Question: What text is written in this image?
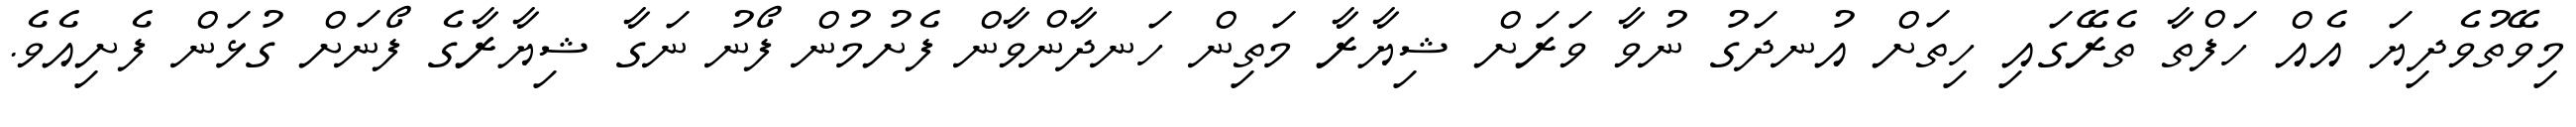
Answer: މިވޭތުވެދިޔަ އެއް ހަފްތާ ތެރޭގައި ހިތަށް އުނދަގު ނުވާ ވަރަށް ޝިޔާރާ މަތިން ހަނދާންވާން ފެށުމުން ފޯނު ނަގާ ޝިޔާރާގެ ފޯނަށް ގުޅަން ފެށިއެވެ.